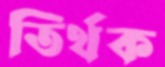
তির্থক